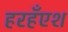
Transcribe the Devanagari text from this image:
हरहँएश